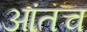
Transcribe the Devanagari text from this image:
आंतच